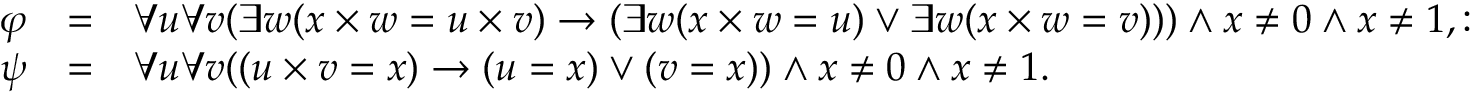
{ \begin{array} { l c l } { \varphi } & { = } & { \forall u \forall v ( \exists w ( x \times w = u \times v ) \rightarrow ( \exists w ( x \times w = u ) \lor \exists w ( x \times w = v ) ) ) \land x \neq 0 \land x \neq 1 , : } \\ { \psi } & { = } & { \forall u \forall v ( ( u \times v = x ) \rightarrow ( u = x ) \lor ( v = x ) ) \land x \neq 0 \land x \neq 1 . } \end{array} }